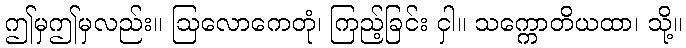
ဤမှဤမှလည်း။ ဩလောကေတုံ၊ ကြည့်ခြင်း ငှါ။ သက္ကောတိယထာ၊ သို့။